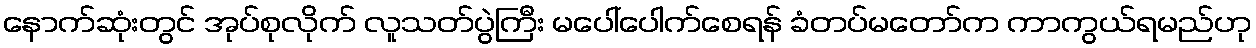
နောက်ဆုံးတွင် အုပ်စုလိုက် လူသတ်ပွဲကြီး မပေါ်ပေါက်စေရန် ခံတပ်မတော်က ကာကွယ်ရမည်ဟု